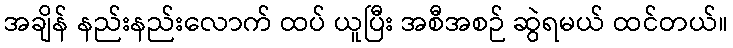
အချိန် နည်းနည်းလောက် ထပ် ယူပြီး အစီအစဉ် ဆွဲရမယ် ထင်တယ်။